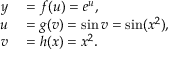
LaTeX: \begin{array} { r l } { y } & { { } = f ( u ) = e ^ { u } , } \\ { u } & { { } = g ( v ) = \sin v = \sin ( x ^ { 2 } ) , } \\ { v } & { { } = h ( x ) = x ^ { 2 } . } \end{array}